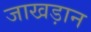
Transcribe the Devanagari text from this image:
जाखड़ान